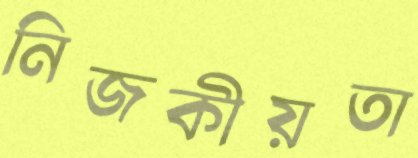
নিজকীয়তা